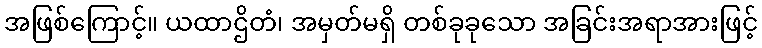
အဖြစ်ကြောင့်။ ယထာဌိတံ၊ အမှတ်မရှိ တစ်ခုခုသော အခြင်းအရာအားဖြင့်